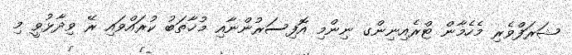
ޝަރަފްވެރި މެހެމާން ޓްރެއިނިންގ ނިންމި އޮފިސަރުންނާއި މުޚާތަބު ކުރައްވައި ރޭ ވިދާޅުވީ މި